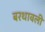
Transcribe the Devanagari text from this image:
बरथावली